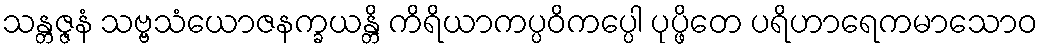
သန္တဇ္ဇနံ သဗ္ဗသံယောဇနက္ခယန္တိ ကိရိယာကပ္ပဝိကပ္ပေါ ပုပ္ဖိတေ ပရိဟာရေကမာသောဝ